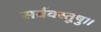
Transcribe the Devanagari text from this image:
सर्ववस्तुषु॥